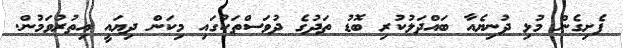
ފެށިގެން މުޅި ދުނިޔެއާ ބައްދަލުކުރި ބޮޑު ތަދުގެ ދުވަސްތަކުގައި މިކަން ދިޔައީ އިތުރުވަމުން.